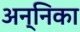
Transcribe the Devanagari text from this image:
अन्निका